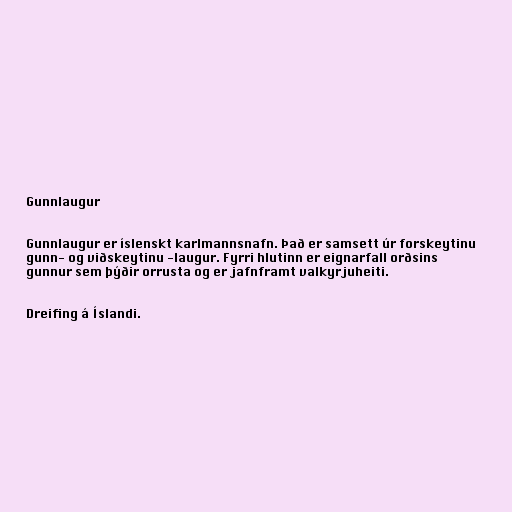
Gunnlaugur

Gunnlaugur er íslenskt karlmannsnafn. Það er samsett úr forskeytinu
gunn- og viðskeytinu -laugur. Fyrri hlutinn er eignarfall orðsins
gunnur sem þýðir orrusta og er jafnframt valkyrjuheiti.

Dreifing á Íslandi.